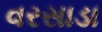
વરસાડા